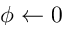
\phi \leftarrow 0